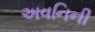
અવનિની